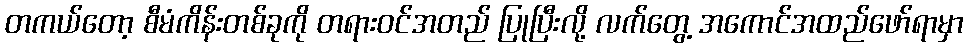
တကယ်တော့ စီမံကိန်းတစ်ခုကို တရားဝင်အတည် ပြုပြီးလို့ လက်တွေ့ အကောင်အထည်ဖော်ရာမှာ